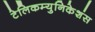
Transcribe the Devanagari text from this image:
टेलिकम्युनिकेशंस